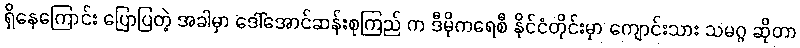
ရှိနေကြောင်း ပြောပြတဲ့ အခါမှာ ဒေါ်အောင်ဆန်းစုကြည် က ဒီမိုကရေစီ နိုင်ငံတိုင်းမှာ ကျောင်းသား သမဂ္ဂ ဆိုတာ